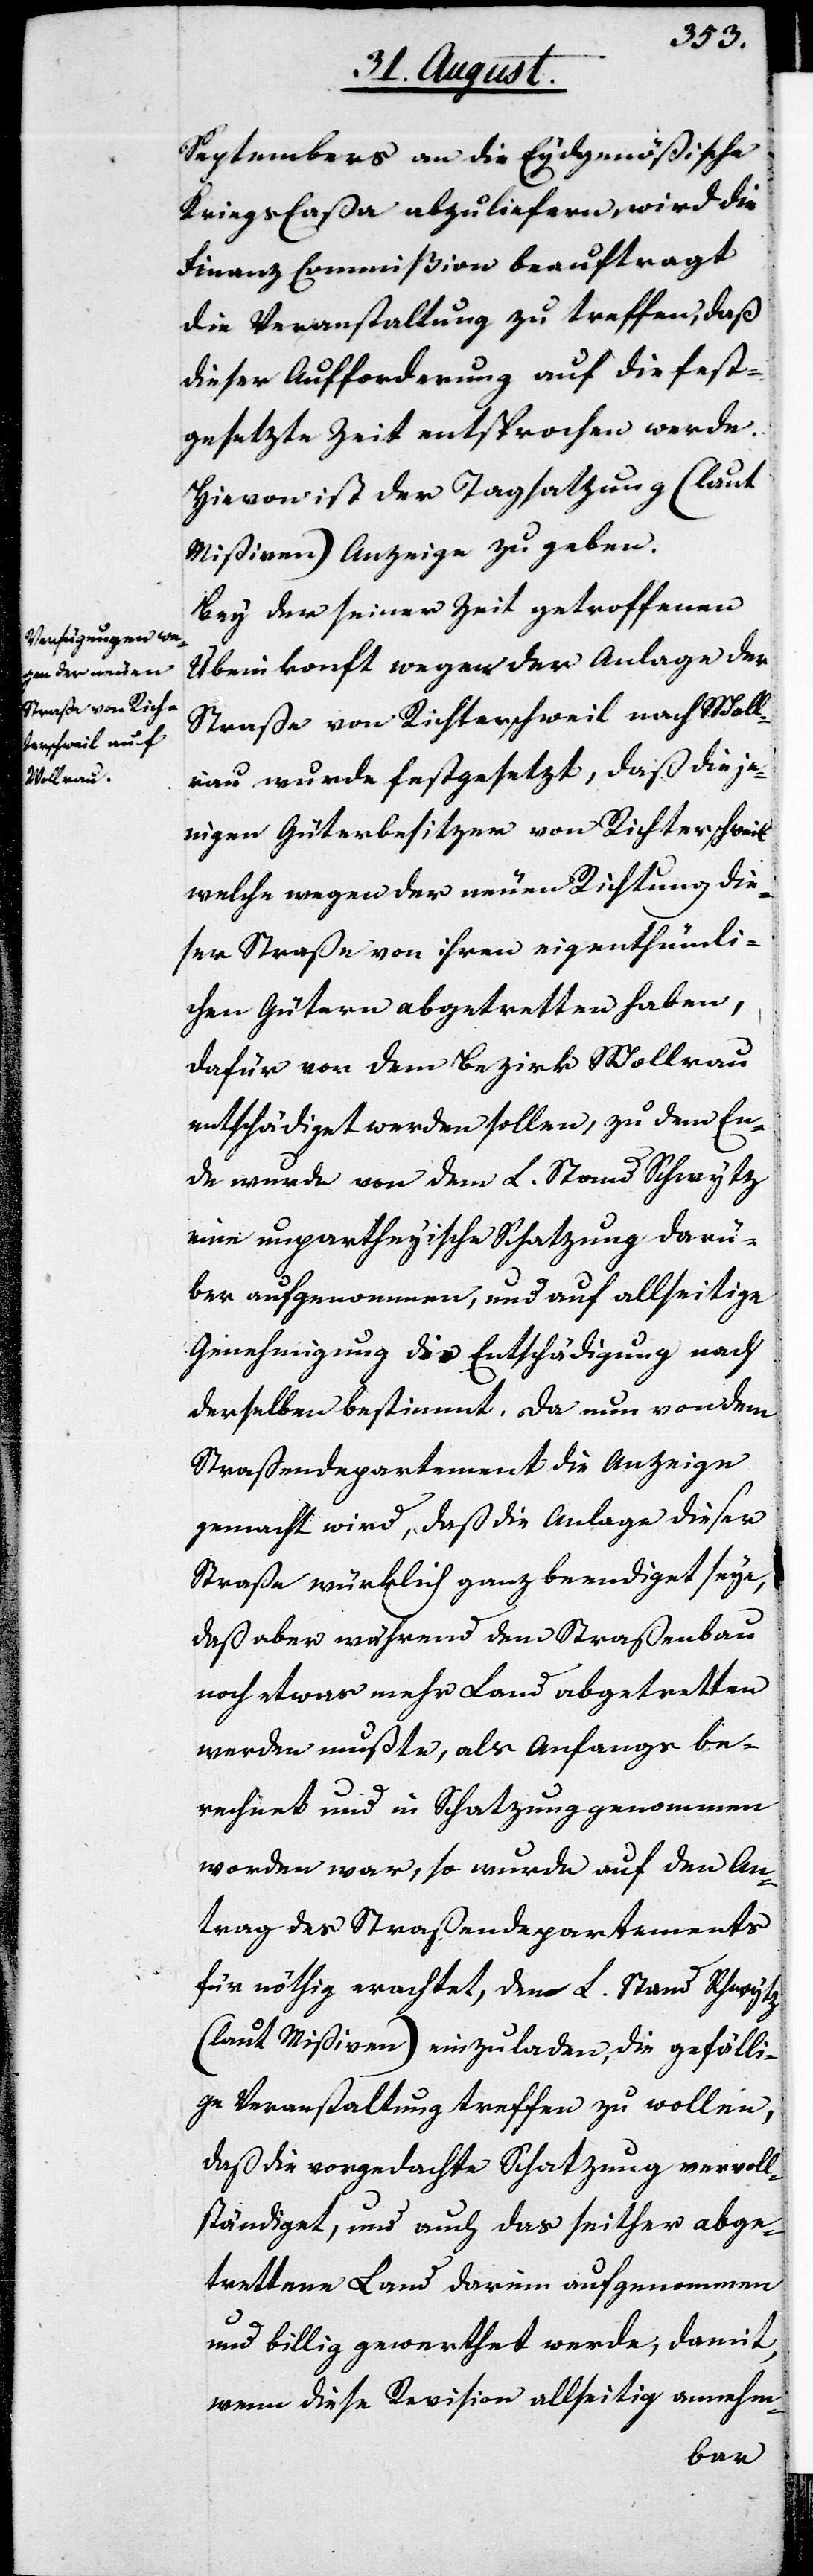
tembers an die Eydgenößische
Kriegs Caßa abzuliefern, wird die
Finanz Commißion beauftragt
die Veranstaltung zu treffen, daß
dieser Aufforderung auf die fest¬
gesetzte Zeit entsprochen werde.
Hievon ist der Tagsatzung (laut
Mißiven) Anzeige zu geben.
Bey der seiner Zeit getroffenen
Übereinkonft wegen der Anlage der
Straße von Richterschweil nach Wolle¬
rau wurde festgesetzt, daß dieje¬
nigen Güterbesitzer von Richterschweil
welche wegen der neuen Richtung die¬
ser Straße von ihren eigenthümli¬
chen Gütern abgetretten haben,
dafür von dem Bezirk Wollerau
entschädigt werden sollen, zu dem En¬
de wurde von dem L. Stand Schwytz
eine unpartheyische Schatzung darü¬
ber aufgenommen, und auf allseitige
Genehmigung die Entschädigung nach
derselben bestimmt. Da nun von dem
Straßendepartement die Anzeige
gemacht wird, daß die Anlage dieser
Straße würklich ganz beendiget seye,
daß aber während dem Straßenbau
noch etwas mehr Land abgetretten
werden mußte, als Anfangs be¬
rechnet und in Schatzung genommen
worden war, so wurde auf den An¬
trag des Straßendepartements
für nöthig erachtet, den L. Stand Schwytz
(laut Mißiven) einzuladen, die gefälli¬
ge Veranstaltung treffen zu wollen,
daß die vorgedachte Schatzung vervoll¬
ständiget, und auch das seither abge¬
trettene Land darin aufgenommen
und billig gewerthet werde, damit,
wenn diese Revision allseitig annehm-